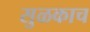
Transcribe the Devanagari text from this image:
सुळकाच